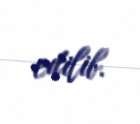
edilib.